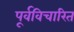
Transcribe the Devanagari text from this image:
पूर्वविचारित